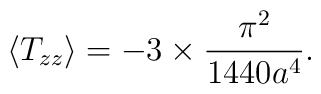
\langle T_{zz}\rangle =-3\times \frac{\pi^2}{1440 a^4}.